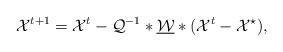
LaTeX: \begin{align*}\mathcal{X}^{t+1}=\mathcal{X}^{t}-\mathcal{Q}^{-1}*\underline{\mathcal{W}}*(\mathcal{X}^{t}-\mathcal{X}^{\star}),\end{align*}